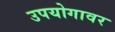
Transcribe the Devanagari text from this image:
उपयोगावर